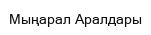
Мыңарал Аралдары